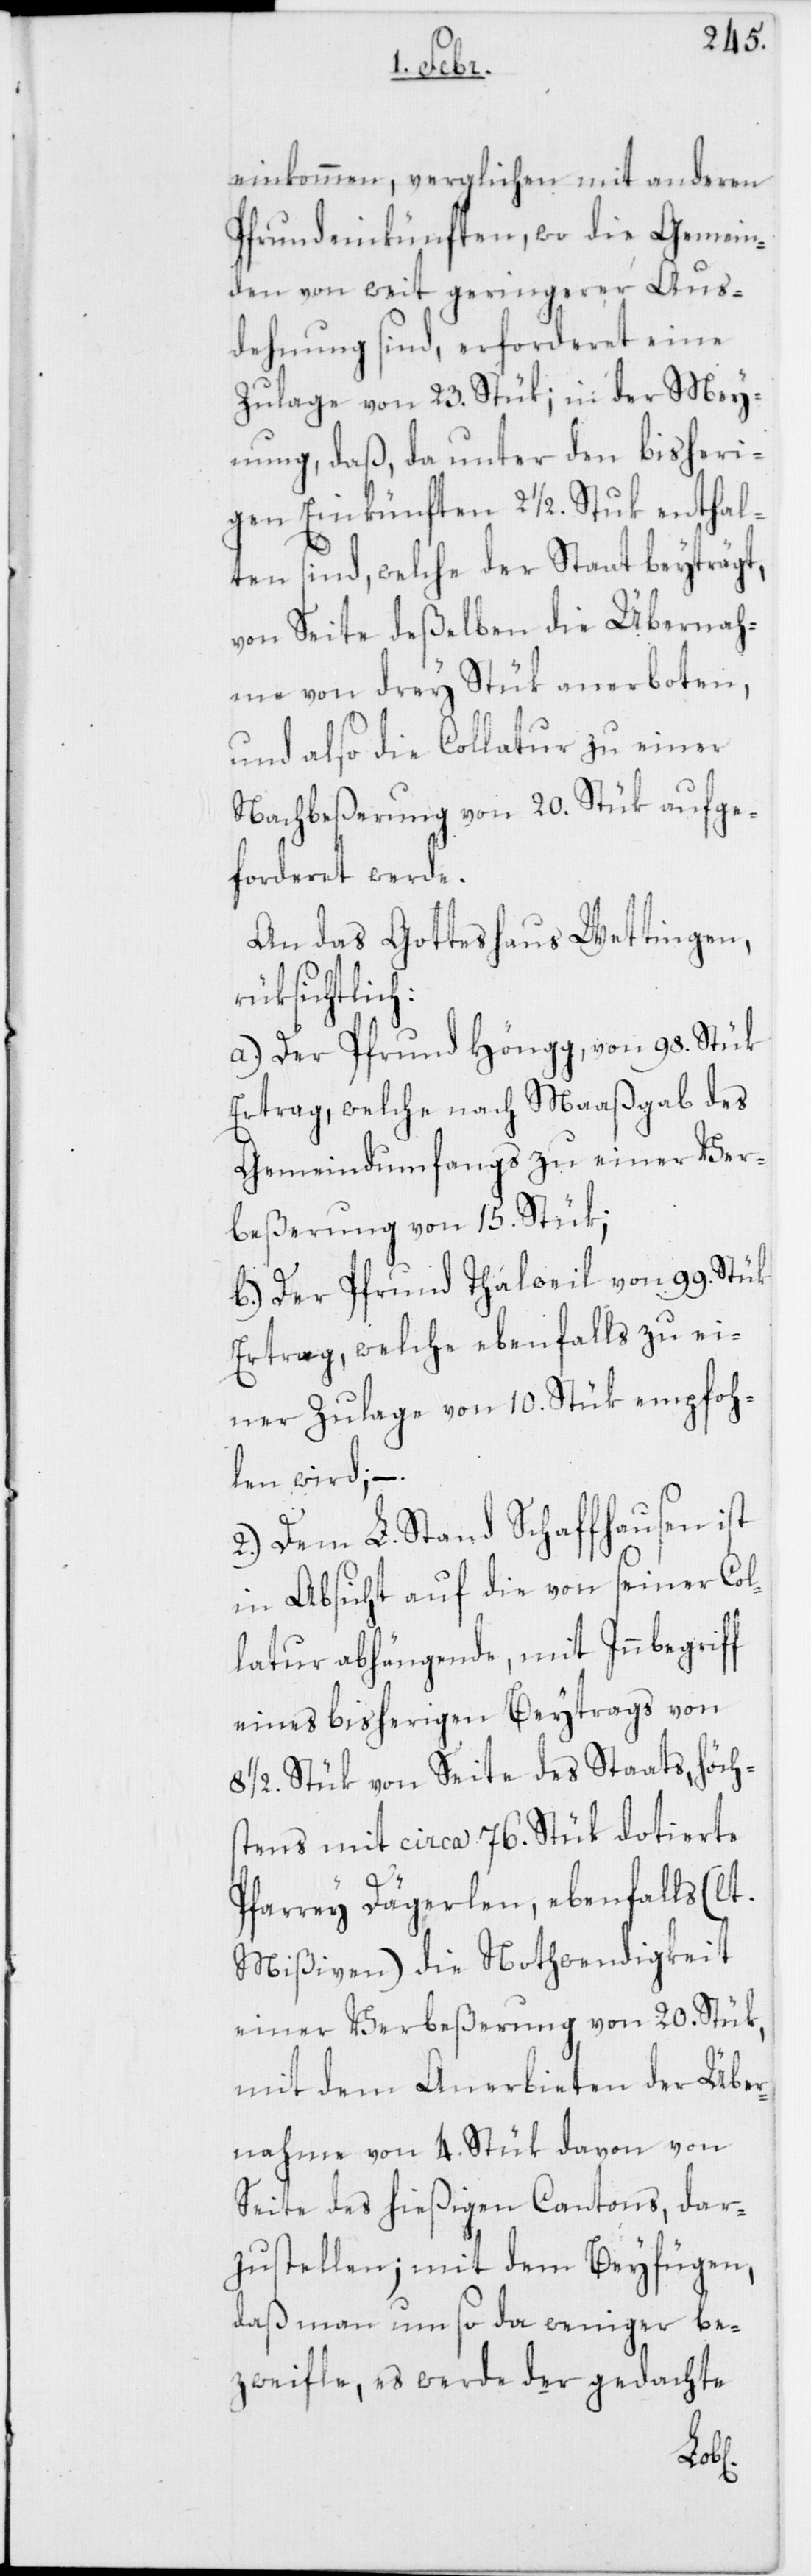
einkommen, verglichen mit anderen
Pfrundeinkünften, wo die Gemein¬
den von weit geringerer Aus¬
dehnung sind, erforderet eine
Zulage von 23. Stük; in der Mey¬
nung, daß, da unter den bisheri¬
gen Einkünften 2 1/2 Stuk enthal¬
ten sind, welche der Staat beyträgt,
von Seite deßelben die Übernah¬
me von drey Stük anerboten,
und also die Collatur zu einer
Nachbeßerung von 20. Stük aufge¬
forderet werde.
An das Gotteshaus Wettingen,
rüksichtlich:
a) Der Pfrund Höngg, von 98. Stük
Ertrag, welche nach Maßgab des
Gemeindumfangs zu einer Ver¬
beßerung von 15. Stük;
b) Der Pfrund Thalweil von 99. Stük
Ertrag, welche ebenfalls zu ei¬
ner Zulage von 10. Stük empfoh¬
len wird; –
2.) Dem L. Stand Schaffhausen ist
in Absicht auf die von seiner Col¬
latur abhängende, mit Innbegriff
eines bisherigen Beytrags von
8 1/2 Stük von Seite des Staats, höch¬
stens mit circa 76. Stük dotierte
Pfarrey Dägerlen, ebenfalls (lt.
Mißiven) die Nothwendigkeit
einer Verbeßerung von 20. Stük,
mit dem Anerbieten der Über¬
nahme von 4. Stük davon von
Seite des hießigen Cantons, dar¬
zustellen; mit dem Beyfügen,
daß man um so da weniger be¬
zweyfle, es werde der gedachte